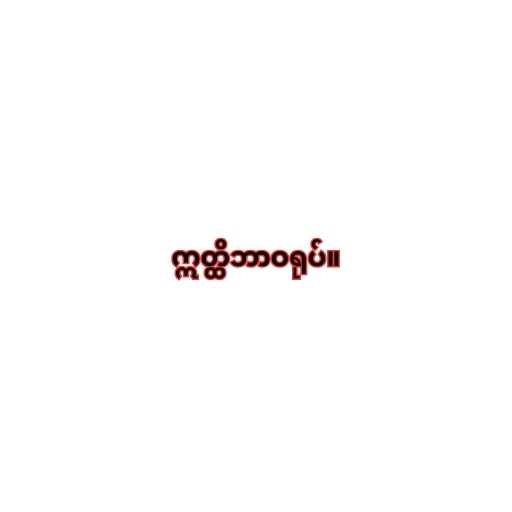
ဣတ္ထိဘာဝရုပ်။